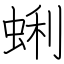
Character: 蜊